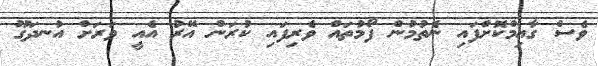
ވެސް ގާއިމްކޮށްފައި ނެތުމުން ފޯމުތައް ވެރިފައި ކުރަން އޭރު އެއީ ވަރަށް އުނދަގޫ